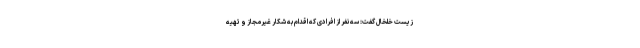
زیست خلخال گفت: سه نفر از افرادی که اقدام به شکار غیرمجاز و تهیه